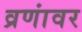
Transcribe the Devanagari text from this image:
व्रणांवर